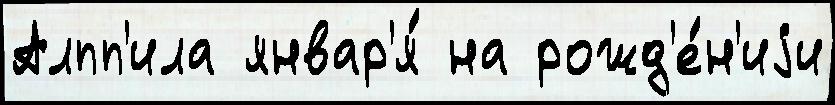
Алпп'ила январ'я́ на рожд'е́н'иjи